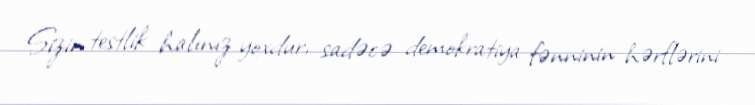
Sizin testlik halınız yoxdur, sadəcə demokratiya fənninin hərflərini